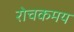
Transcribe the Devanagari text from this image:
रोचकमय